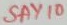
Text: SAY10